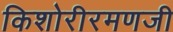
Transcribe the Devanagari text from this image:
किशोरीरमणजी